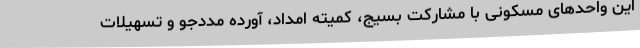
این واحدهای مسکونی با مشارکت بسیج، کمیته امداد، آورده مددجو و تسهیلات